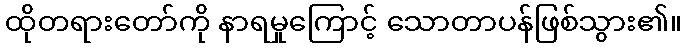
ထိုတရားတော်ကို နာရမှုကြောင့် သောတာပန်ဖြစ်သွား၏။